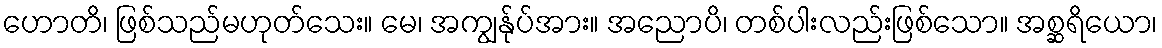
ဟောတိ၊ ဖြစ်သည်မဟုတ်သေး။ မေ၊ အကျွန်ုပ်အား။ အညောပိ၊ တစ်ပါးလည်းဖြစ်သော။ အစ္ဆရိယော၊